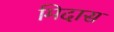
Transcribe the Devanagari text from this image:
मिदास